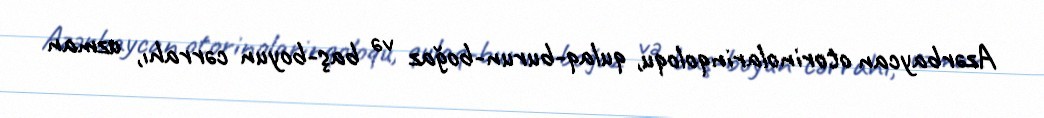
Azərbaycan otorinolarinqoloqu, qulaq-burun-boğaz və baş-boyun cərrahı, uzman